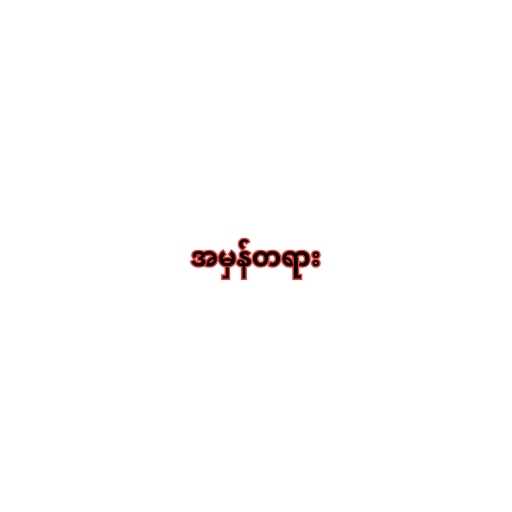
အမှန်တရား